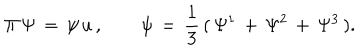
LaTeX: \Pi \, \Psi \, = \, \psi \, u \, , \qquad \psi \, = \, { \frac { 1 } { 3 } } \, ( \, \Psi ^ { 1 } \, + \, \Psi ^ { 2 } \, + \, \Psi ^ { 3 } \, ) .